Annual report of the Central Committee of the Association together with the report of the directors of the Pasteur Institute at Kasauli
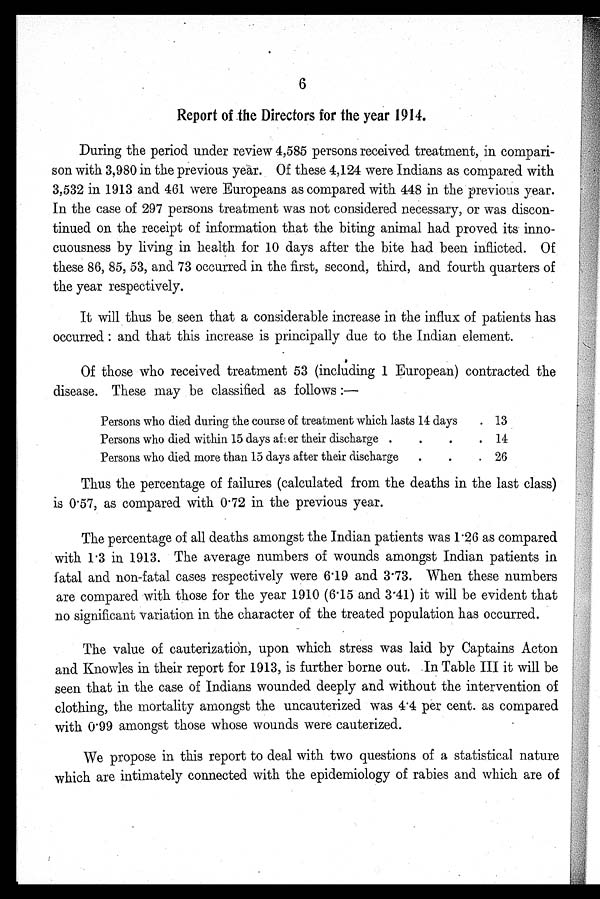
6
Report of the Directors for the year 1914.
During the period under review 4,585 persons received treatment, in compari
-
son with 3,980 in the previous year. Of these 4,124 were Indians as compared with
3,532 in 1913 and 461 were Europeans as compared with 448 in the previous year.
In the case of 297 persons treatment was not considered necessary, or was discon
-
tinued on the receipt of information that the biting animal had proved its inno
-
cuousness by living in health for 10 days after the bite had been inflicted. Of
these 86, 85, 53, and 73 occurred in the first, second, third, and fourth quarters of
the year respectively.
It will thus be seen that a considerable increase in the influx of patients has
occurred : and that this increase is principally due to the Indian element.
Of those who received treatment 53 (including 1 European) contracted the
disease. These may be classified as follows :—
Persons who died during the course of treatment which lasts 14 days
13
Persons who di ed wi t hi n 15 daysaft er t hei r di scharge
14
.
Persons who died more than 15 days after their discharge.
26
Thus the percentage of failures (calculated from the deaths in the last class)
is 0.57, as compared with 0.72 in the previous year.
The percentage of all deaths amongst the Indian patients was 1.26 as compared
with 1.3 in 1913. The average numbers of wounds amongst Indian patients in
fatal and non-fatal cases respectively were 6.19 and 3.73. When these numbers
are compared with those for the year 1910 (6.15 and 3.41) it will be evident that
no significant variation in the character of the treated population has occurred.
The value of cauterization, upon which stress was laid by Captains Acton
and Knowles in their report for 1913, is further borne out. In Table III it will be
seen that in the case of Indians wounded deeply and without the intervention of
clothing, the mortality amongst the uncauterized was 4.4 per cent. as compared
with 0.99 amongst those whose wounds were cauterized.
We propose in this report to deal with two questions of a statistical nature
which are intimately connected with the epidemiology of rabies and which are of